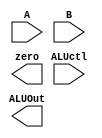
module ALU (
    input [3:0] ALUctl,
    input signed [31:0] A,B,
    output reg signed [31:0] ALUOut,
    output zero
);
    // ALU has two operand, it execute different operator based on ALUctl wire 
    // output zero is for determining taking branch or not (or you can change the design as you wish)

    // TODO: implement your ALU here
    // Hint: you can use operator to implement
    
endmodule